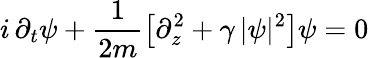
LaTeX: i\, \partial_{t}\psi+\frac{1}{2m}\left[\partial_{z}^{2}+\gamma\, |\psi|^{2}\right]\psi=0